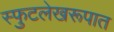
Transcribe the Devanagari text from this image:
स्फुटलेखरूपात